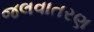
જલવાતરણ